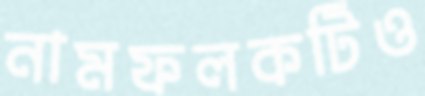
নামফলকটিও